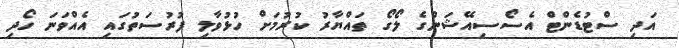
އަދި ސްޓުޑެންޓް އެސޯސިއޭޝަންގެ ލޯގޯ ތައްޔާރު ކުރުމަށް ހުޅުވާލި ފުރުސަތުގައި އެއްވަނަ ހޯދި